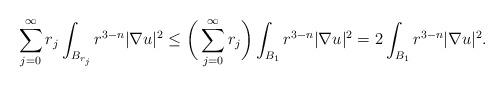
LaTeX: \begin{align*}\sum_{j = 0}^{\infty} r_j \int_{B_{r_j}} r^{3-n} |\nabla u|^2 \leq \bigg(\sum_{j = 0}^{\infty} r_j \bigg) \int_{B_{1}} r^{3-n} |\nabla u|^2 = 2 \int_{B_{1}} r^{3-n} |\nabla u|^2.\end{align*}